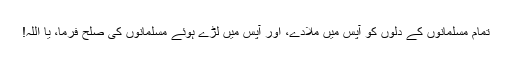
تمام مسلمانوں کے دلوں کو آپس میں ملادے، اور آپس میں لڑے ہوئے مسلمانوں کی صلح فرما، یا اللہ!